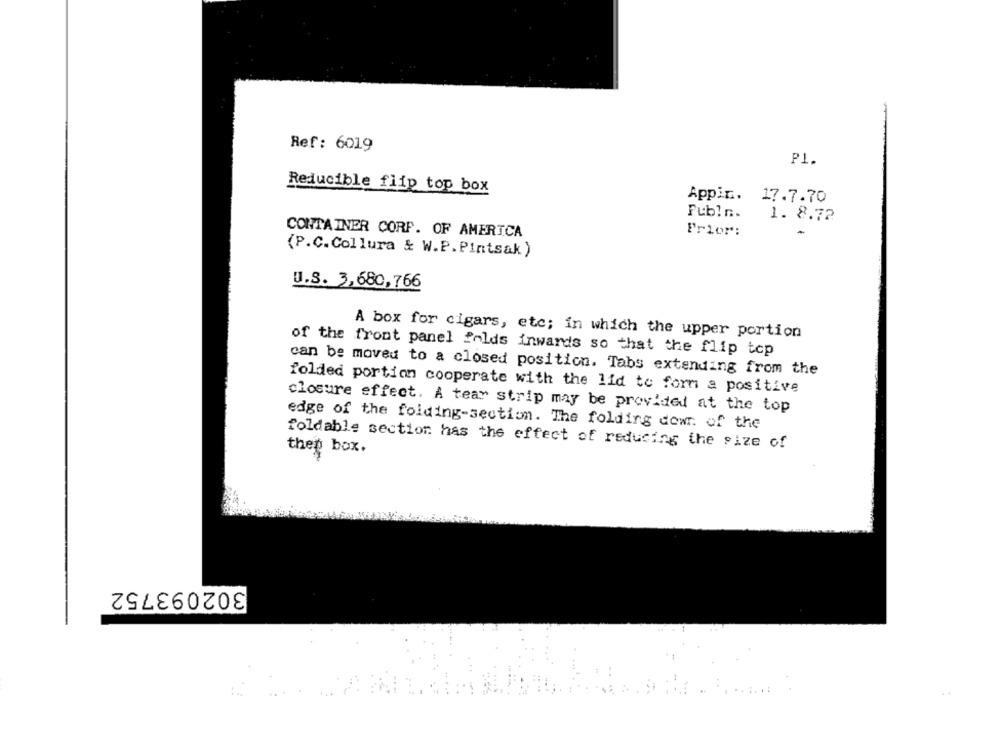
Ref: 6019
P1.
Reducible flip top box
Appin. 17.7.70
Publn.
1. 8.72
Prior:
CONTAINER CORP. OF AMERICA
(P.C.Collura & W.P. Pintsak)
u.s. 3,680,766
A box for cigars, etc; in which the upper portion
of the front panel folds Inwards so that the flip top
can be moved to a closed position. Tabs extending from the
folded portion cooperate with the lid to form a positive
closure effect. A tear strip may be provided at the top
edge of the folding-section. The folding dowr. of the
foldable section has the effect of reducing the size of
thep box.
302093752